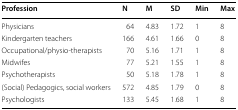
<table><thead><tr><td><b>Profession</b></td><td><b>N</b></td><td><b>M</b></td><td><b>SD</b></td><td><b>Min</b></td><td><b>Max</b></td></tr></thead><tbody><tr><td>Physicians</td><td>64</td><td>4.83</td><td>1.72</td><td>1</td><td>8</td></tr><tr><td>Kindergarten teachers</td><td>166</td><td>4.61</td><td>1.66</td><td>0</td><td>8</td></tr><tr><td>Occupational/physio-therapists</td><td>70</td><td>5.16</td><td>1.71</td><td>1</td><td>8</td></tr><tr><td>Midwifes</td><td>77</td><td>5.21</td><td>1.55</td><td>1</td><td>8</td></tr><tr><td>Psychotherapists</td><td>50</td><td>5.18</td><td>1.78</td><td>1</td><td>8</td></tr><tr><td>(Social) Pedagogics, social workers</td><td>572</td><td>4.85</td><td>1.79</td><td>0</td><td>8</td></tr><tr><td>Psychologists</td><td>133</td><td>5.45</td><td>1.68</td><td>1</td><td>8</td></tr></tbody></table>